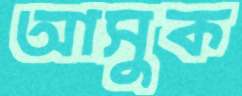
আসুক